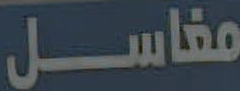
مغاسل